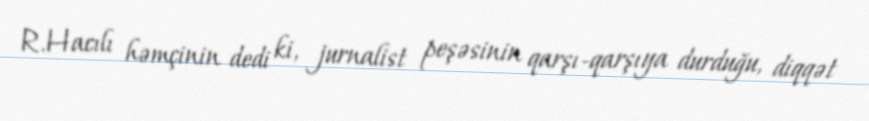
R.Hacılı həmçinin dedi ki, jurnalist peşəsinin qarşı-qarşıya durduğu, diqqət